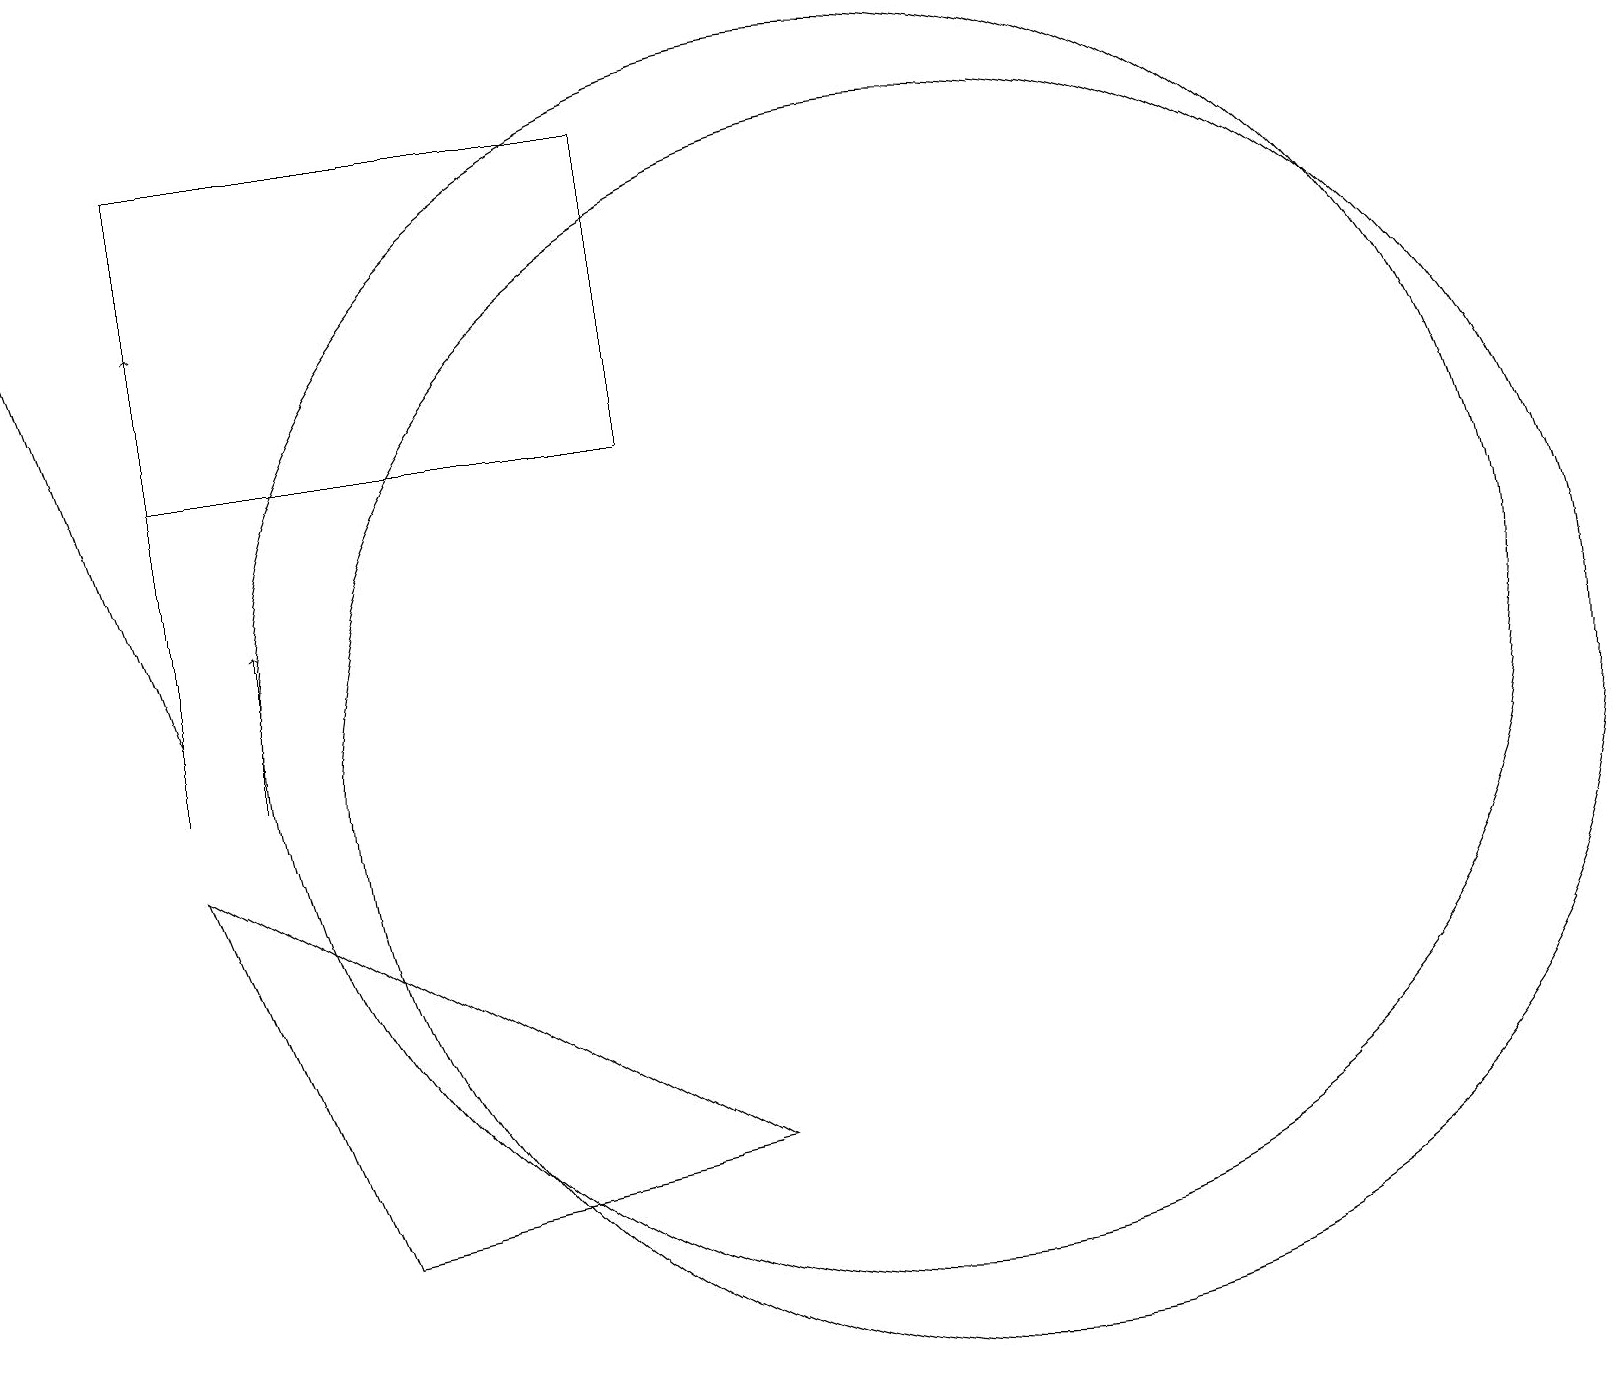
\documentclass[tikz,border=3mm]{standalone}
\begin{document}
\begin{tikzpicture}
\draw (4,4) -- (9,5) -- (2,9) -- cycle;
\draw (11,11) circle (8);
\draw[->] (2,10) -- (2,16);
\draw (12,10) circle (8);
\draw[->] (2,11) -- (0,17);
\draw (2,18) rectangle (8,14);
\draw[->] (3,10) -- (3,12);
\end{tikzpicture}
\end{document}